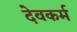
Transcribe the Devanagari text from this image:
देवकर्म